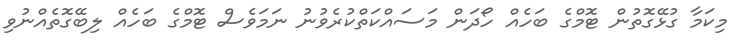
މިކަމާ ގުޅޭގޮތުން ޓޮމްގެ ބަހެއް ހޯދަން މަސައްކަތްކުރެވުނު ނަަމަވެސް ޓޮމްގެ ބަހެއް ލިބޭގޮތެއްނުވި